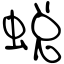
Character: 蜕